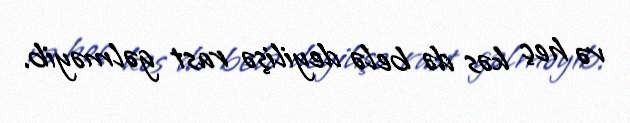
və heç kəs də belə deyilişə rast gəlməyib.